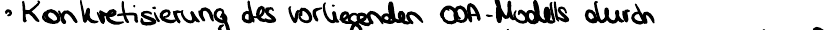
Konkretisierung des vorliegenden OOA-Modells durch